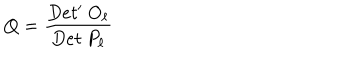
LaTeX: Q = { \frac { D e t ^ { \prime } \ O _ { \ell } } { D e t \ P _ { \ell } } }